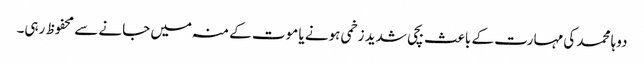
دوہا محمد کی مہارت کے باعث بچی شدید زخمی ہونے یا موت کے منہ میں جانے سے محفوظ رہی۔